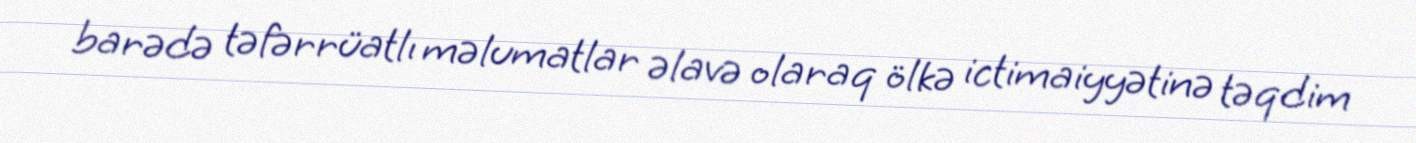
barədə təfərrüatlı məlumatlar əlavə olaraq ölkə ictimaiyyətinə təqdim